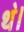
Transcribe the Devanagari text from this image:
थ॓।